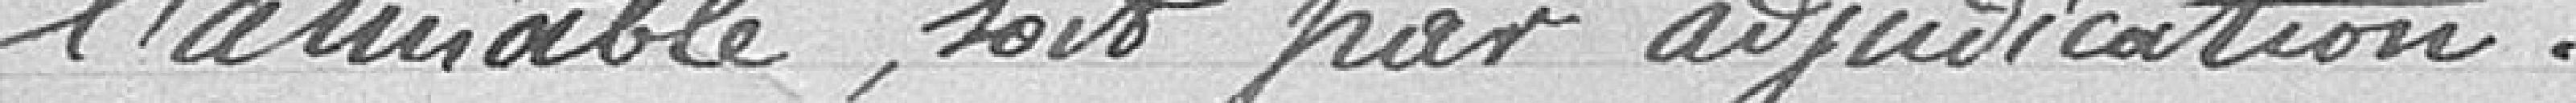
l'amiable, soit par adjudication.